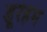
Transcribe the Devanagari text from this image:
डूरहम